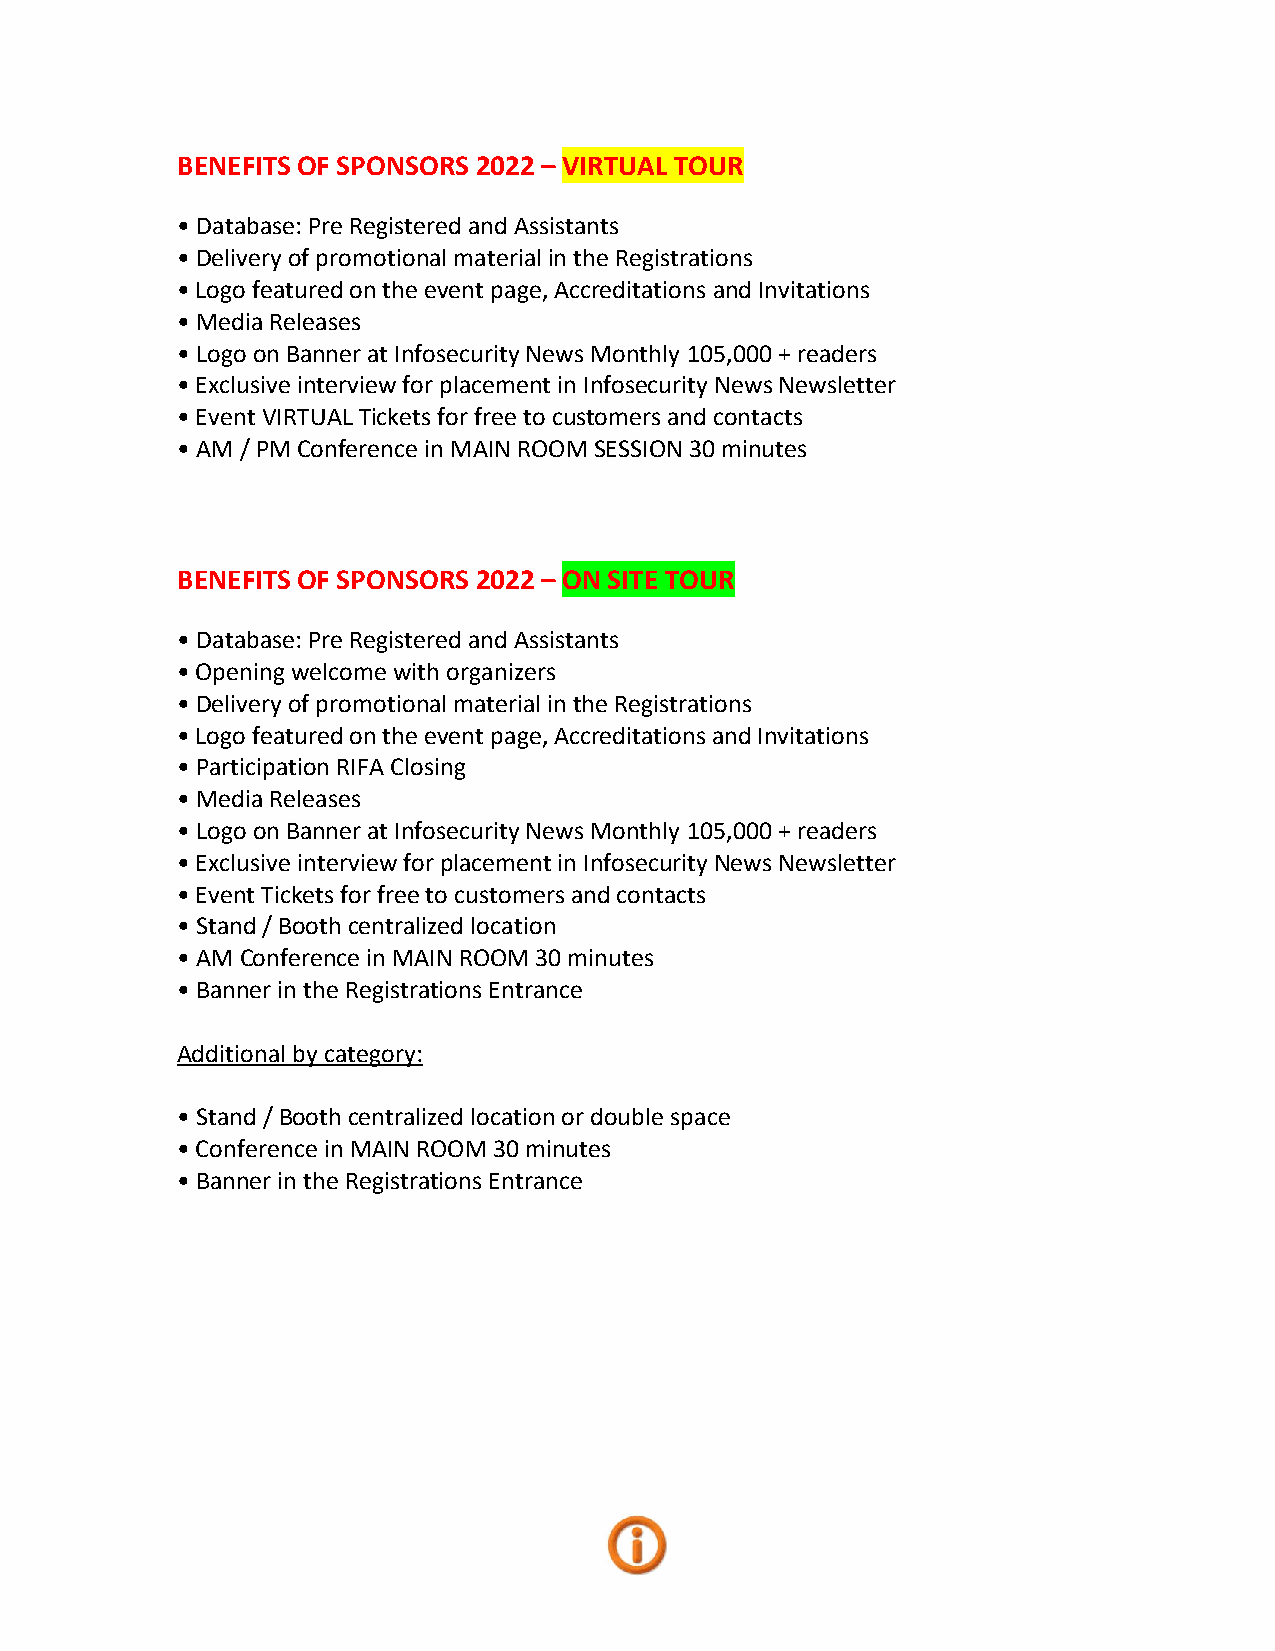
BENEFITS OF SPONSORS 2022 – VIRTUAL TOUR
 • Database: Pre Registered and Assistants
 • Delivery of promotional material in the Registrations
 • Logo featured on the event page, Accreditations and Invitations
 • Media Releases
 • Logo on Banner at Infosecurity News Monthly 105,000 + readers
 • Exclusive interview for placement in Infosecurity News Newsletter
 • Event VIRTUAL Tickets for free to customers and contacts
 • AM / PM Conference in MAIN ROOM SESSION 30 minutes
 BENEFITS OF SPONSORS 2022 – ON SITE TOUR
 • Database: Pre Registered and Assistants
 • Opening welcome with organizers
 • Delivery of promotional material in the Registrations
 • Logo featured on the event page, Accreditations and Invitations
 • Participation RIFA Closing
 • Media Releases
 • Logo on Banner at Infosecurity News Monthly 105,000 + readers
 • Exclusive interview for placement in Infosecurity News Newsletter
 • Event Tickets for free to customers and contacts
 • Stand / Booth centralized location
 • AM Conference in MAIN ROOM 30 minutes
 • Banner in the Registrations Entrance
 Additional by category:
 • Stand / Booth centralized location or double space
 • Conference in MAIN ROOM 30 minutes
 • Banner in the Registrations Entrance